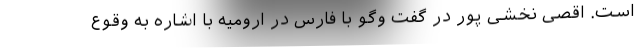
است. اقصی نخشی پور در گفت وگو با فارس در ارومیه با اشاره به وقوع